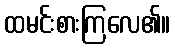
ထမင်းစားကြလေ၏။